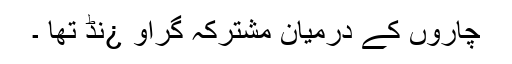
چاروں کے درمیان مشترکہ گراو ¿نڈ تھا ۔